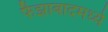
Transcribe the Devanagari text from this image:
फैझाबादमध्ये